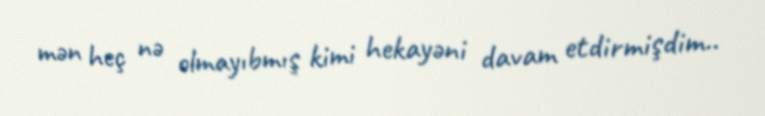
mən heç nə olmayıbmış kimi hekayəni davam etdirmişdim..